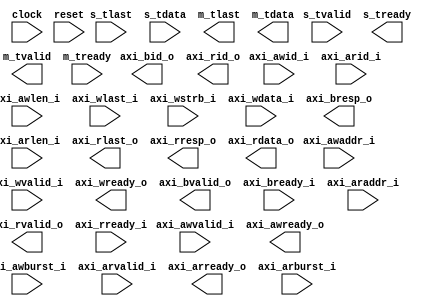
module axis_to_axil #(
    // AXI-Lite settings
    parameter integer AXIL_DATA_BITS = 0,
    localparam integer MSB = AXIL_DATA_BITS - 1,
    localparam integer SSB = AXIL_DATA_BITS / 8 - 1,
    parameter integer AXIL_ID_BITS = 0,
    localparam integer ISB = AXIL_ID_BITS - 1,
    parameter integer AXIL_ADDR_BITS = 0,
    localparam integer ASB = AXIL_ADDR_BITS - 1
) (
    input clock,
    input reset,

    // Data to send (via SPI)
    input s_tvalid,
    output s_tready,
    input s_tlast,
    input [7:0] s_tdata,

    // Data arriving (via SPI)
    output m_tvalid,
    input m_tready,
    output m_tlast,
    output [7:0] m_tdata,

    // Interface to the AXI-L interconnect
    input axi_awvalid_i,
    output axi_awready_o,
    input [ASB:0] axi_awaddr_i,
    input [ISB:0] axi_awid_i,
    input [7:0] axi_awlen_i,
    input [1:0] axi_awburst_i,

    input axi_wvalid_i,
    output axi_wready_o,
    input axi_wlast_i,
    input [SSB:0] axi_wstrb_i,
    input [MSB:0] axi_wdata_i,

    output axi_bvalid_o,
    input axi_bready_i,
    output [1:0] axi_bresp_o,
    output [ISB:0] axi_bid_o,

    input axi_arvalid_i,
    output axi_arready_o,
    input [ASB:0] axi_araddr_i,
    input [ISB:0] axi_arid_i,
    input [7:0] axi_arlen_i,
    input [1:0] axi_arburst_i,

    output axi_rvalid_o,
    input axi_rready_i,
    output axi_rlast_o,
    output [1:0] axi_rresp_o,
    output [ISB:0] axi_rid_o,
    output [MSB:0] axi_rdata_o
);

  // -- Signals & State -- //


  // -- Parser for Control Transfer Parameters -- //

  always @(posedge clock) begin
  end


  // -- Main FSM -- //

  localparam [3:0] ST_IDLE = 4'h0, ST_TYPE = 4'h1, ST_ADDR = 4'h2, ST_WAIT = 4'h3, ST_SEND = 4'h4, ST_RECV = 4'h5, ST_RESP = 4'h6;

  reg [3:0] state, snext;

  always @* begin
    snext = state;

    case (state)
      ST_IDLE: begin
        
      end
    endcase
  end

  always @(posedge clock) begin
    if (reset) begin
      state <= ST_IDLE;
    end else begin
      case (state)
        ST_IDLE: begin
          if (s_tvalid && s_tready) begin
            state <= snext;
          end
        end
        default: begin
        end
      endcase
    end
  end


endmodule